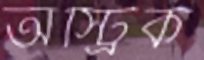
অস্ট্রিক